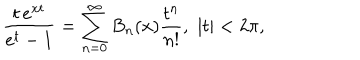
LaTeX: \frac { t \, e ^ { x t } } { e ^ { t } - 1 } = \sum _ { n = 0 } ^ { \infty } B _ { n } ( x ) \frac { t ^ { n } } { n ! } , \, \, | t | < 2 \pi ,